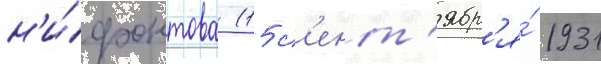
н'и́фонтова (15 с'ент'ябр'я́ 1931